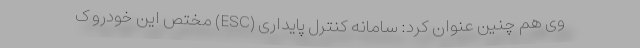
وی هم چنین عنوان کرد: سامانه کنترل پایداری (ESC) مختص این خودرو ک